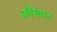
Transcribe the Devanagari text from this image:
कौस्ताउ